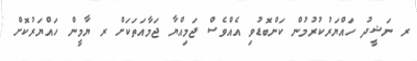
ރ ނަޝީދު ހައްޔަރުކުރުމުން ކަންބޮޑުވި އެއްވެސް ޖަމިއްޔާ ޖަމާއަތަކަށް ރ ޔާމީން ހައްޔަރުކޮށް